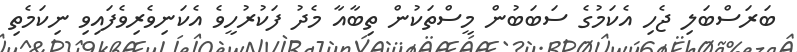
ބަރަސްބަލި ޖެހި އެކަމުގެ ސަބަބުން މީސްތަކުން ތިބާއާ މެދު ފަކުރުހީވެ އެކަނިވެރިވެފައިވި ނިކަމެތި